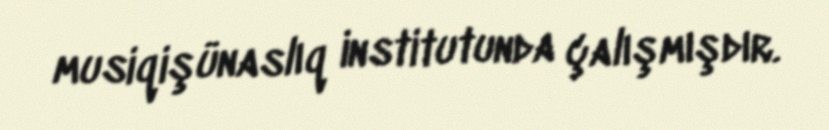
musiqişünaslıq institutunda çalışmışdır.